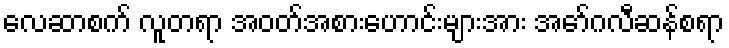
လေဆာစက် လူတရာ အဝတ်အစားဟောင်းများအား အော်ဂလီဆန်စရာ